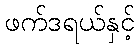
ဖက်ဒရယ်နှင့်